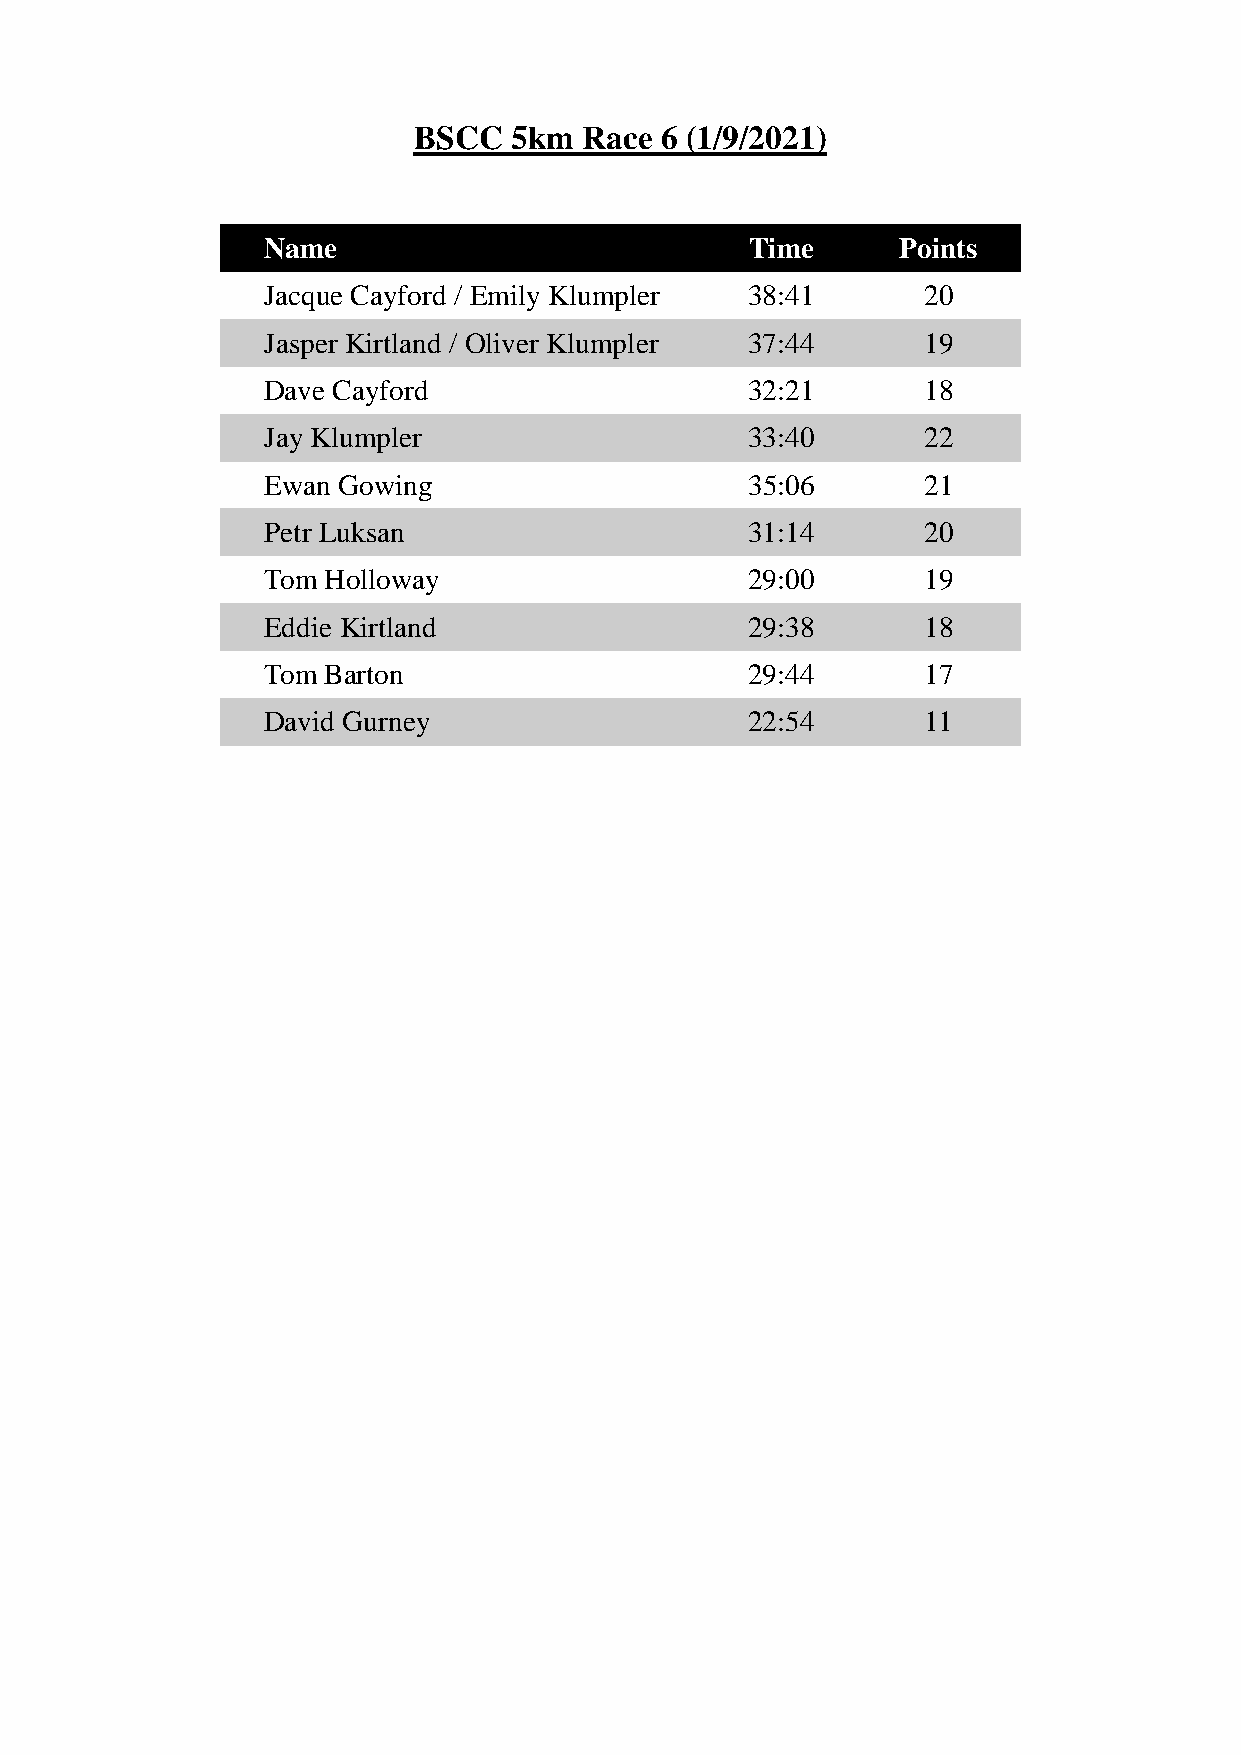
BSCC   5km  Race 6 (1/9/2021)
 Name                             Time      Points
 Jacque Cayford / Emily Klumpler  38:41      20
 Jasper Kirtland / Oliver Klumpler 37:44     19
 Dave Cayford                     32:21      18
 Jay Klumpler                     33:40      22
 Ewan Gowing                      35:06      21
 Petr Luksan                      31:14      20
 Tom Holloway                     29:00      19
 Eddie Kirtland                   29:38      18
 Tom Barton                       29:44      17
 David Gurney                     22:54      11